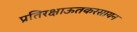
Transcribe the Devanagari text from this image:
प्रतिरक्षाऊतकरसायन